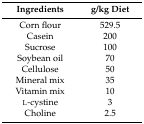
| Ingredients | g/kg Diet |
 | --- | --- |
 | Corn flour | 529.5 |
 | Casein | 200 |
 | Sucrose | 100 |
 | Soybean oil | 70 |
 | Cellulose | 50 |
 | Mineral mix | 35 |
 | Vitamin mix | 10 |
 | l-cystine | 3 |
 | Choline | 2.5 |